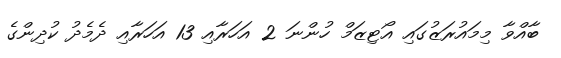
ބާއްވާ މިމައުރަޒުގައި އޯޓިޒަމް ހުންނަ 2 އަހަރާއި 13 އަހަރާއި ދެމެދު ކުދިންގެ